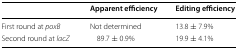
<table><thead><tr><td></td><td><b>Apparent efficiency</b></td><td><b>Editing efficiency</b></td></tr></thead><tbody><tr><td>First round at <i>poxB</i></td><td>Not determined</td><td>13.8 ± 7.9%</td></tr><tr><td>Second round at <i>lacZ</i></td><td>89.7 ± 0.9%</td><td>19.9 ± 4.1%</td></tr></tbody></table>